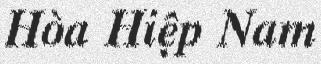
Hòa Hiệp Nam